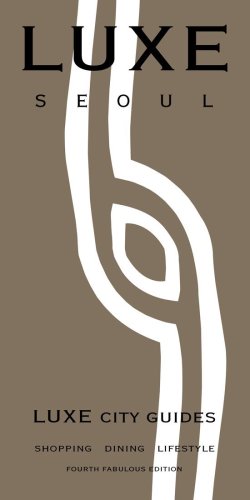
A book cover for LUXE Seoul (LUXE City Guides); LUXE City Guides; Travel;